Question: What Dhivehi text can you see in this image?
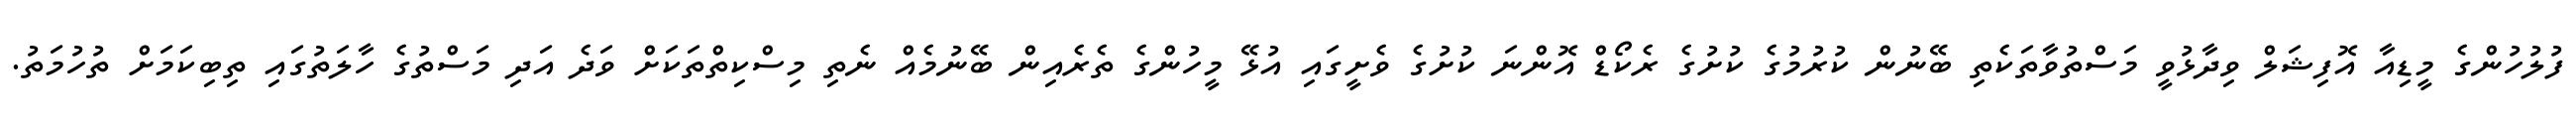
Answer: ފުލުހުންގެ މީޑިއާ އޮފިޝަލް ވިދާޅުވީ މަސްތުވާތަކެތި ބޭނުން ކުރުމުގެ ކުށުގެ ރެކޯޑް އޮންނަ ކުށުގެ ވެށީގައި އުޅޭ މީހުންގެ ތެރެއިން ބޭނުމެއް ނެތި މިސްކިތްތަކަށް ވަދެ އަދި މަސްތުގެ ހާލަތުގައި ތިބިކަމަށް ތުހުމަތު.